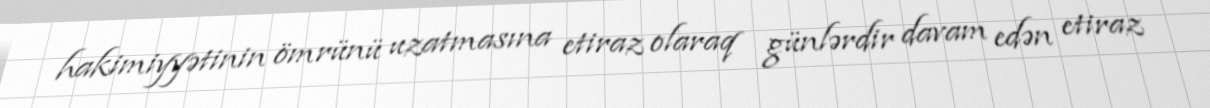
hakimiyyətinin ömrünü uzatmasına etiraz olaraq günlərdir davam edən etiraz